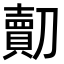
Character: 𠠔